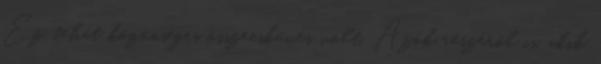
Ez tehát közönséges összeesküvés volt. Azok részéről is, akik